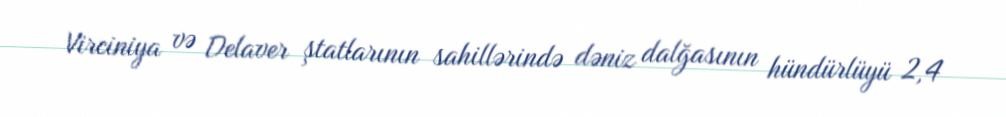
Virciniya və Delaver ştatlarının sahillərində dəniz dalğasının hündürlüyü 2,4